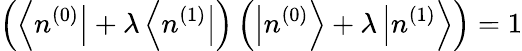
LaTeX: \left(\left\langle n^{(0)}\right|+\lambda\left\langle n^{(1)}\right|\right)\left(\left|n^{(0)}\right\rangle+\lambda\left|n^{(1)}\right\rangle\right)=1